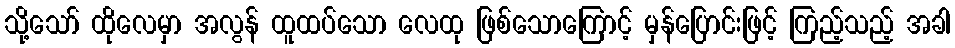
သို့သော် ထိုလေမှာ အလွန် ထူထပ်သော လေထု ဖြစ်သောကြောင့် မှန်ပြောင်းဖြင့် ကြည့်သည့် အခါ